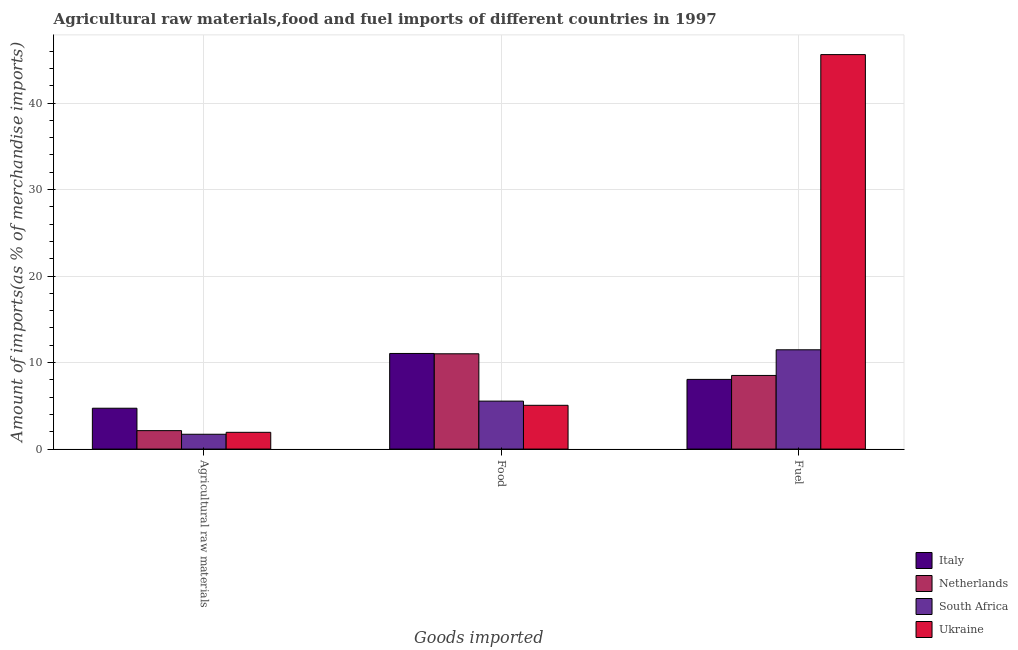
| Goods imported | Italy | Netherlands | South Africa | Ukraine |
 | --- | --- | --- | --- | --- |
 | Agricultural raw materials | 4.72 | 2.13 | 1.71 | 1.94 |
 | Food | 11.1 | 11 | 5.54 | 5.06 |
 | Fuel | 8.05 | 8.51 | 11.5 | 45.6 |